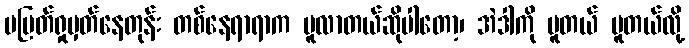
မပြတ်ရှုမှတ်နေတုန်း တစ်နေရာရာက ပူလာတယ်ဆိုပါတော့၊ အဲဒါကို ပူတယ် ပူတယ်လို့